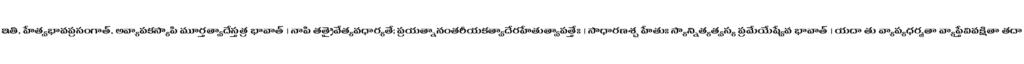
ఇతి, హేత్వభావప్రసంగాత్, అవ్యాపకస్యాపి మూర్తత్వాదేస్తత్ర భావాత్ । నాపి తత్రైవేత్యవధార్యతే; ప్రయత్నానంతరీయకత్వాదేరహేతుత్వాపత్తేః । సాధారణశ్చ హేతుః స్యాన్నిత్యత్వస్య ప్రమేయేష్వేవ భావాత్ । యదా తు వ్యాప్యధర్మతా వ్యాప్తేవివక్షితా తదా